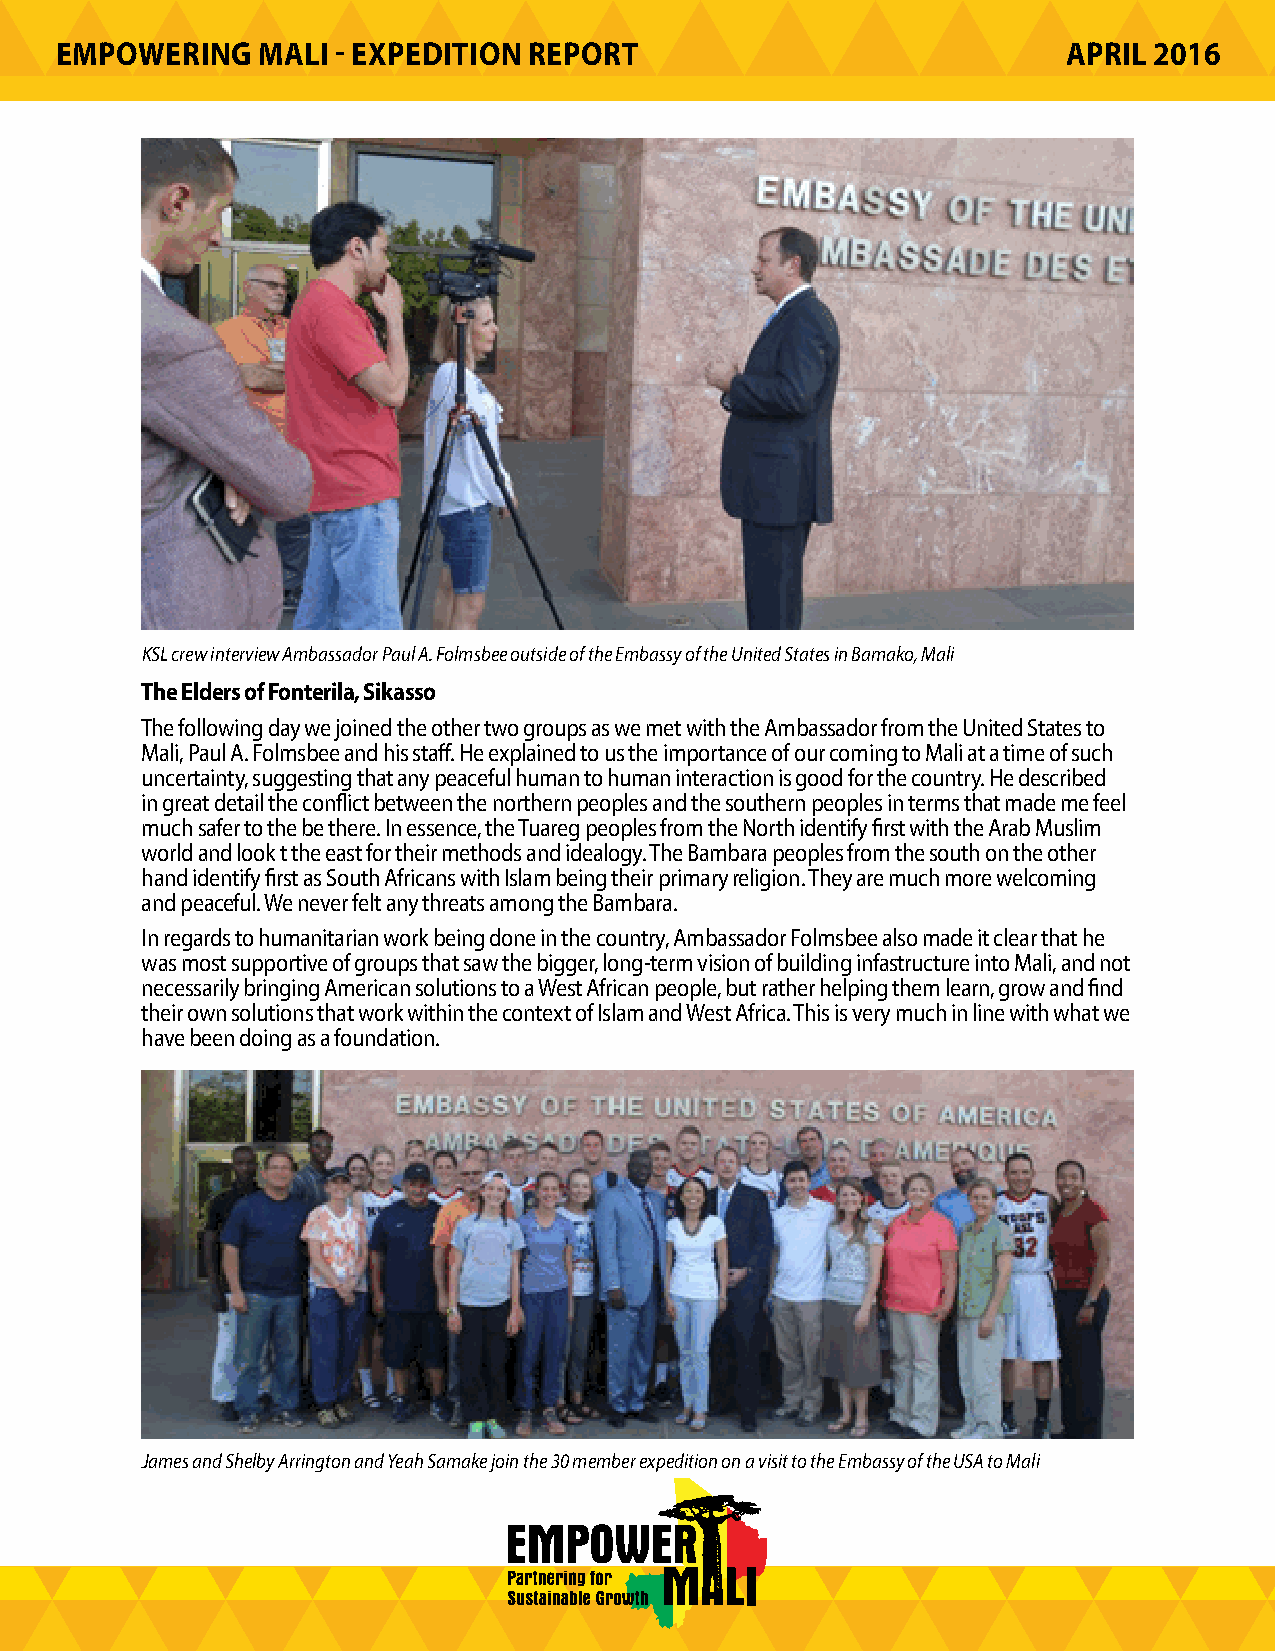
EMPOWERING   MALI - EXPEDITION REPORT                              APRIL 2016
 KSL crew interview Ambassador Paul A. Folmsbee outside of the Embassy of the United States in Bamako, Mali
 The Elders of Fonterila, Sikasso
 The following day we joined the other two groups as we met with the Ambassador from the United States to
 Mali, Paul A. Folmsbee and his staff. He explained to us the importance of our coming to Mali at a time of such
 uncertainty, suggesting that any peaceful human to human interaction is good for the country. He described
 in great detail the conflict between the northern peoples and the southern peoples in terms that made me feel
 much safer to the be there. In essence, the Tuareg peoples from the North identify first with the Arab Muslim
 world and look t the east for their methods and idealogy. The Bambara peoples from the south on the other
 hand identify first as South Africans with Islam being their primary religion. They are much more welcoming
 and peaceful. We never felt any threats among the Bambara.
 In regards to humanitarian work being done in the country, Ambassador Folmsbee also made it clear that he
 was most supportive of groups that saw the bigger, long-term vision of building infastructure into Mali, and not
 necessarily bringing American solutions to a West African people, but rather helping them learn, grow and find
 their own solutions that work within the context of Islam and West Africa. This is very much in line with what we
 have been doing as a foundation.
 James and Shelby Arrington and Yeah Samake join the 30 member expedition on a visit to the Embassy of the USA to Mali